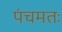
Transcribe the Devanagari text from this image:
पंचमतः